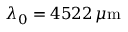
\lambda _ { 0 } = 4 5 2 2 \, \mu \mathrm { m }